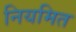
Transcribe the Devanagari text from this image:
नियमित